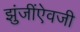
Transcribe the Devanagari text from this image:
झुंजींऐवजी